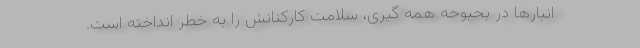
انبارها در بحبوحه همه گیری، سلامت کارکنانش را به خطر انداخته است.